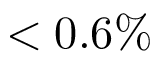
< 0 . 6 \%